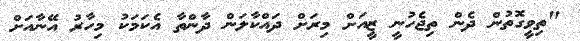
"ތިވީގޮތުން ދެން ތިޖެހުނީ ޒީއަށް މިރަށް ދައްކާލަން ދާންތާ އެކަމަކު މިހާރު އޭނާއަށް